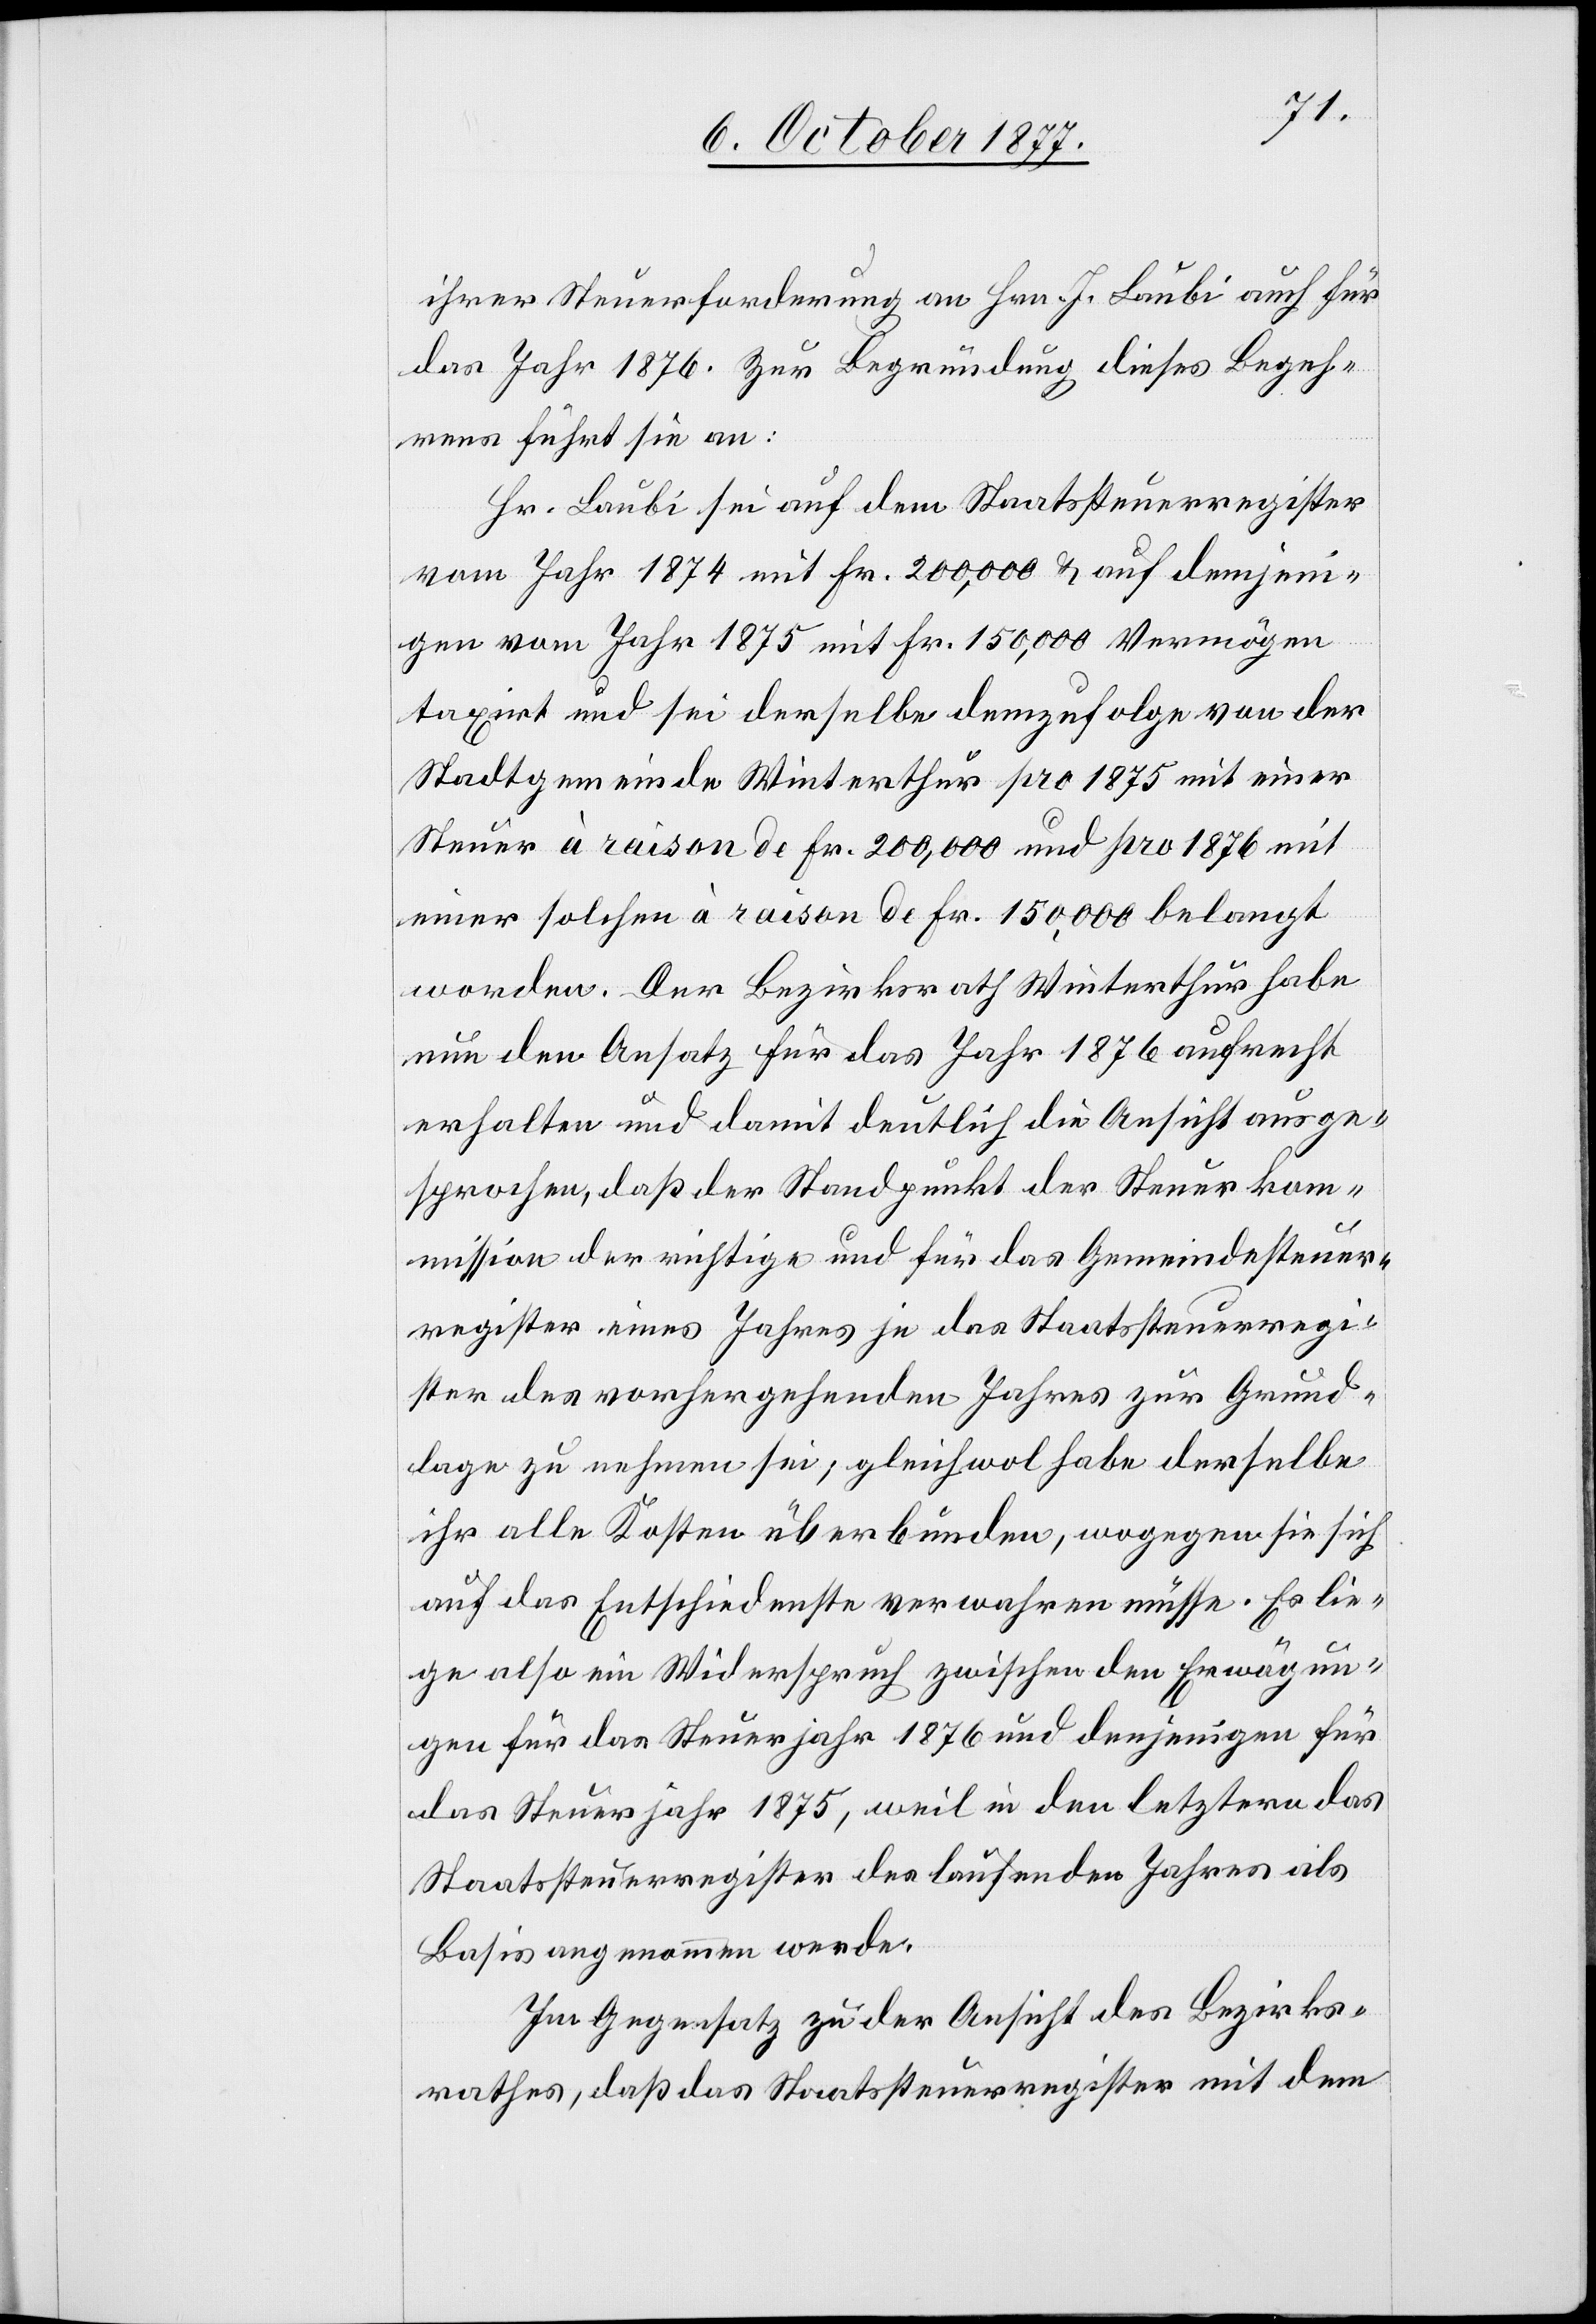
ihrer Steuerforderung an Hrn. J. Laubi auch für
das Jahr 1876. Zur Begründung dieses Begeh¬
rens führt sie an:
Hr. Laubi sei auf dem Staatssteuerregister
vom Jahr 1874 mit Fr. 200,000 & auf demjeni¬
gen vom Jahr 1875 mit Fr. 150,000 Vermögen
taxirt und sei derselbe demzufolge von der
Stadtgemeinde Winterthur pro 1875 mit einer
Steuer à raison de Fr. 200,000 und pro 1876 mit
einer solchen à raison de Fr. 150,000 belangt
worden. Der Bezirksrath Winterthur habe
nun den Ansatz für das Jahr 1876 aufrecht
erhalten und damit deutlich die Ansicht ausge¬
sprochen, daß der Standpunkt der Steuerko¬
mmission der richtige und für das Gemeindesteuer¬
register eines Jahres je das Staatssteuerregi¬
ster des vorhergehenden Jahres zur Grund¬
lage zu nehmen sei; gleichwol habe derselbe
ihr alle Kosten überbunden, wogegen sie sich
auf das Entschiedenste verwahren müsse. Es lie¬
ge also ein Widerspruch zwischen den Erwägun¬
gen für das Steuerjahr 1876 und denjenigen für
das Steuerjahr 1875, weil in den letztern das
Staatssteuerregister des laufenden Jahres als
Basis angenommen werde.
Im Gegensatz zu der Ansicht des Bezirks¬
rathes, daß das Staatssteuerregister mit dem